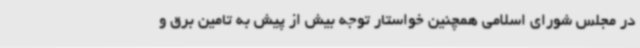
در مجلس شورای اسلامی همچنین خواستار توجه بیش از پیش به تامین برق و